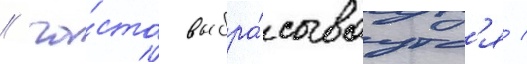
/ ча́сто выбра́сываутс'я /